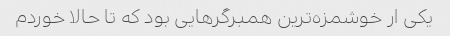
یکی ار خوشمزه‌ترین همبرگرهایی بود که تا حالا خوردم